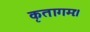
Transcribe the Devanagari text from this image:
कृतागमः।